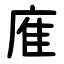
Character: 㢈